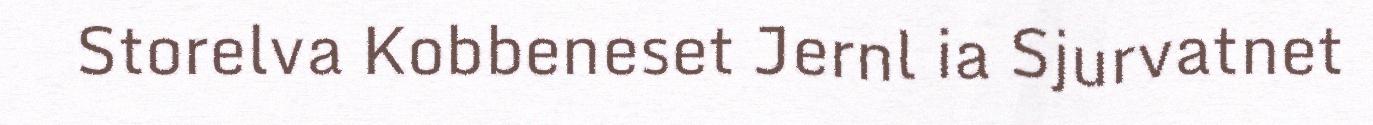
Storelva Kobbeneset Jernl ia Sjurvatnet